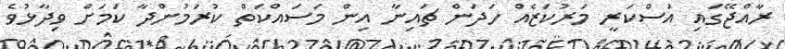
ރާއްޖޭގައި އަސްކަރީ މަރުކަޒެއް ހަދަން ޗައިނާ އިން މަސައްކަތް ކުރަމުންދާ ކަމަށް ވިދާޅުވެ